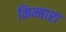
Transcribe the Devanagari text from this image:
किम्बारा